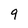
Character: 9